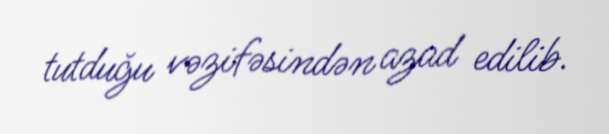
tutduğu vəzifəsindən azad edilib.